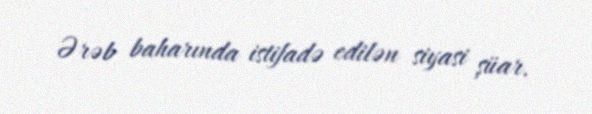
Ərəb baharında istifadə edilən siyasi şüar.